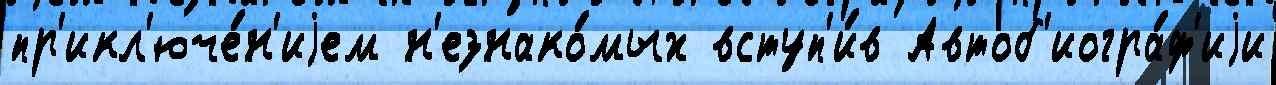
пр'икл'юче́н'иjем н'езнако́мых вступ'и́в Автоб'иогра́ф'иjи